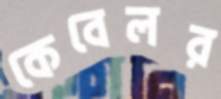
কেবেলর